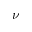
\nu